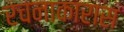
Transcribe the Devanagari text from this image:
रचनाकारास